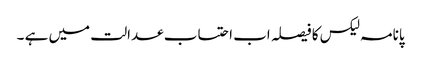
پانامہ لیکس کا فیصلہ اب احتساب عدالت میں ہے ۔